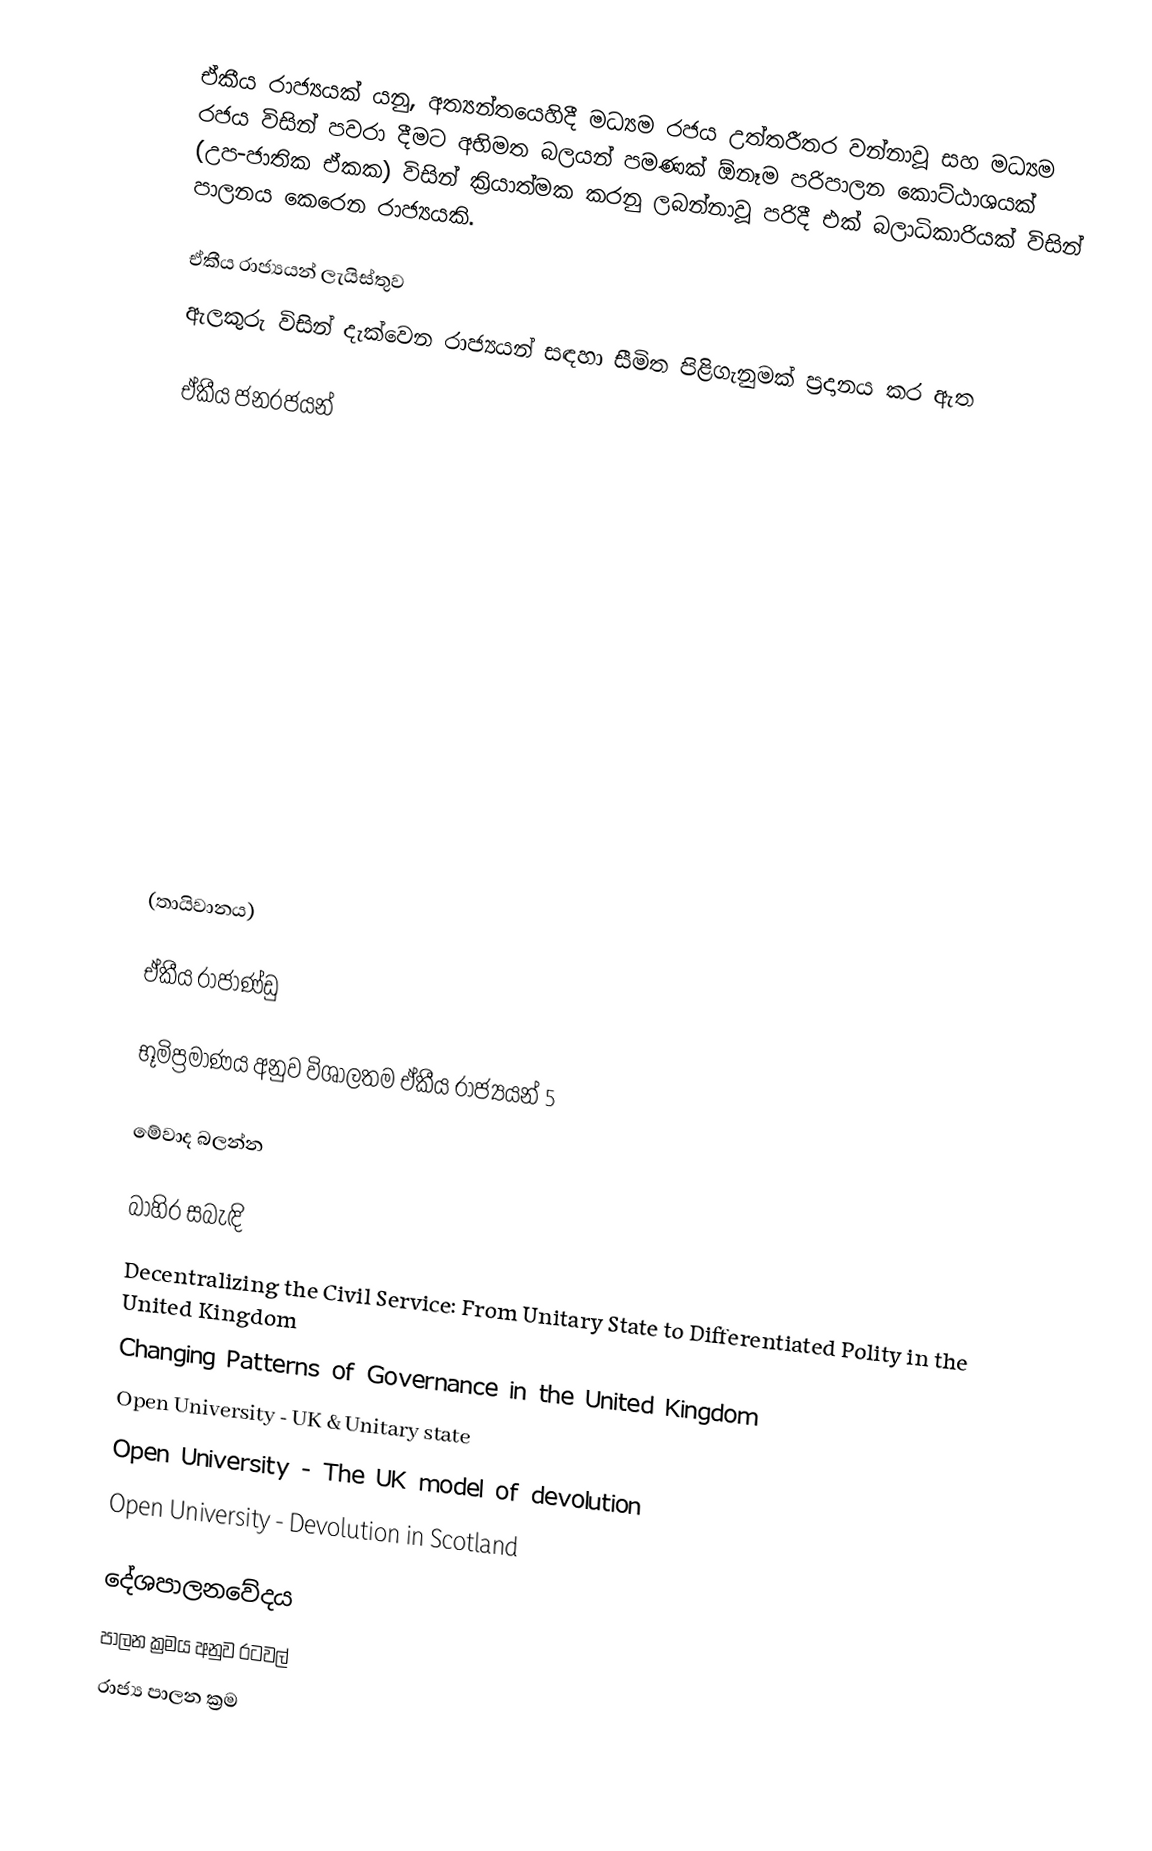
ඒකීය රාජ්‍යයක් යනු, අත්‍යන්තයෙහිදී   මධ්‍යම රජය උත්තරීතර වන්නාවූ සහ මධ්‍යම රජය විසින් පවරා දීමට අභිමත බලයන් පමණක් ඕනෑම පරිපාලන කොට්ඨාශයක්  (උප-ජාතික ඒකක) විසින් ක්‍රියාත්මක කරනු ලබන්නාවූ  පරිදී එක් බලාධිකාරියක් විසින් පාලනය කෙරෙන රාජ්‍යයකි.

ඒකීය රාජ්‍යයන් ලැයිස්තුව
ඇලකුරු විසින් දැක්වෙන රාජ්‍යයන් සඳහා සීමිත පිළිගැනුමක් ප්‍රදානය කර ඇත

ඒකීය ජනරජයන්

  (තායිවානය)

ඒකීය රාජාණ්ඩු

භූමිප්‍රමාණය අනුව විශාලතම ඒකීය රාජ්‍යයන් 5

මේවාද බලන්න

බාහිර සබැඳි
 Decentralizing the Civil Service: From Unitary State to Differentiated Polity in the United Kingdom
 Changing Patterns of Governance in the United Kingdom
 Open University - UK & Unitary state
 Open University - The UK model of devolution
 Open University - Devolution in Scotland

දේශපාලනවේදය
පාලන ක්‍රමය අනුව රටවල්
රාජ්‍ය පාලන ක්‍රම